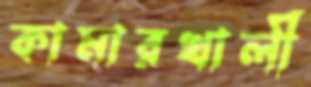
কামারখালী